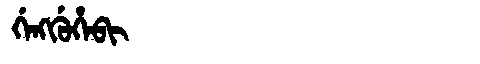
Manchu: ᡤᡝᠩᡤᡠᡥᡝᠪᡳ
Romanization: GENGGUHEBI